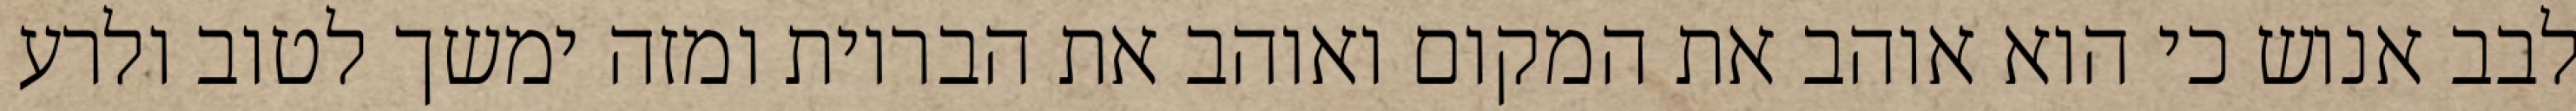
לבב אנוש כי הוא אוהב את המקום ואוהב את הבריות ומזה ימשך לטוב ולרע